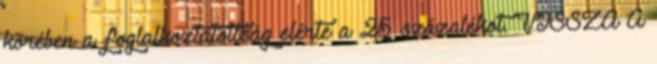
körében a foglalkoztatottság elérte a 25 százalékot. VISSZA A